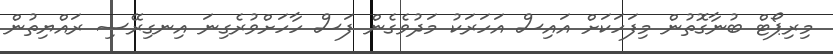
މިރިޕޯޓް ބުނާގޮތުން މިފަހަކަށް އައިސް އަހަރަކު މަދުވެގެން ފަސް ހާހަށްވުރެގިނަ އިނގިރޭސި ރައްޔިތުން